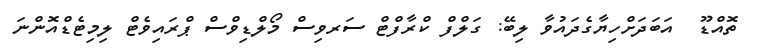
ތޮއްޑޫ  އަބަދަށްހިޔާގެދައުވާ ލިބޭ: ގަލްފް ކްރާފްޓް ސަރވިސް މޯލްޑިވްސް ޕްރައިވެޓް ލިމިޓެޑްއޮންނަ